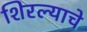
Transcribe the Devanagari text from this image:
शिरल्याचे